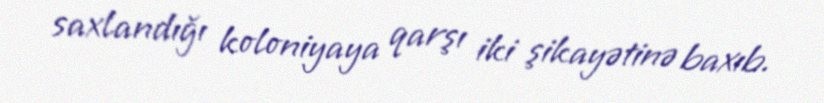
saxlandığı koloniyaya qarşı iki şikayətinə baxıb.